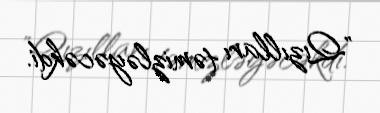
"Qızılları təmizləyəcəkdi.